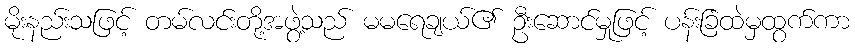
မိုးနည်းသဖြင့် တမ်လင်းတို့အဖွဲ့သည် မမရေချယ်၏ ဦးဆောင်မှုဖြင့် ပန်းခြံထဲမှထွက်ကာ